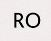
RO